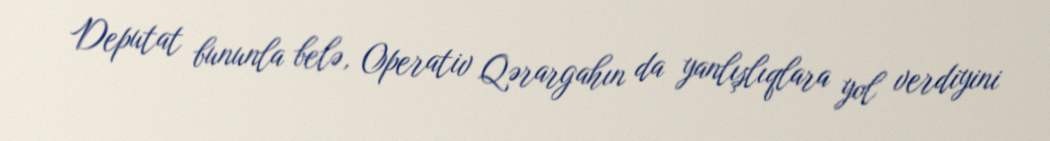
Deputat bununla belə, Operativ Qərargahın da yanlışlıqlara yol verdiyini